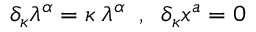
\delta _ { \kappa } \lambda ^ { \alpha } = \kappa \; \lambda ^ { \alpha } \; \; , \; \; \delta _ { \kappa } x ^ { a } = 0